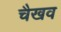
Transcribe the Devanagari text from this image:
चैखव